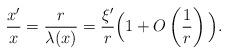
LaTeX: \begin{align*} \frac{x'}{x}=\frac{r}{\lambda(x)}=\frac{\xi'}{r}\Big(1+O\left(\frac{1}{r}\right)\Big). \end{align*}